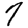
Digit: 7